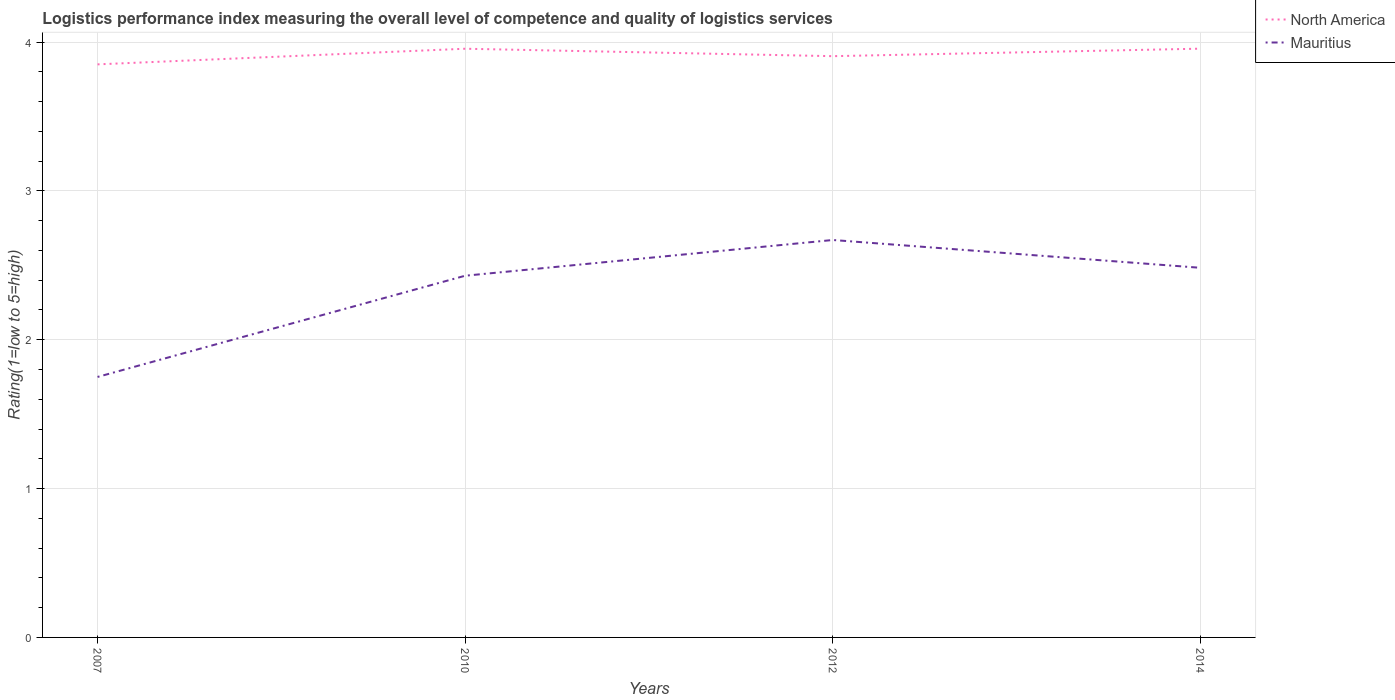
| Years | North America | Mauritius |
 | --- | --- | --- |
 | 2007 | 3.85 | 1.75 |
 | 2010 | 3.96 | 2.43 |
 | 2012 | 3.9 | 2.67 |
 | 2014 | 3.96 | 2.48 |